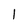
Character: l